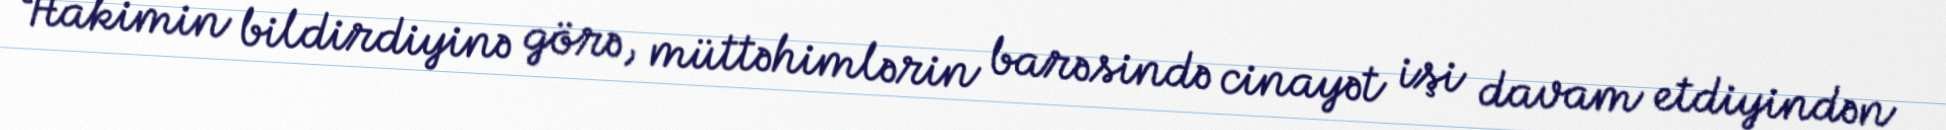
Hakimin bildirdiyinə görə, müttəhimlərin barəsində cinayət işi davam etdiyindən